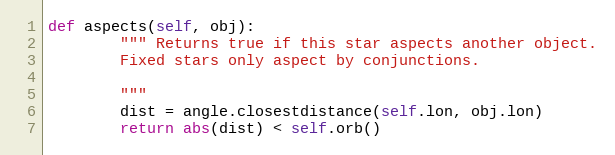
Language: Python
def aspects(self, obj):
        """ Returns true if this star aspects another object.
        Fixed stars only aspect by conjunctions.

        """
        dist = angle.closestdistance(self.lon, obj.lon)
        return abs(dist) < self.orb()